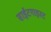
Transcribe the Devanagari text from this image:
साईटगाइस्ट